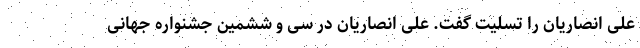
علی انصاریان را تسلیت گفت. علی انصاریان در سی و ششمین جشنواره جهانی